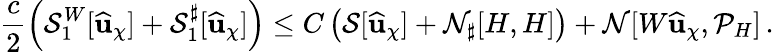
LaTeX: \frac{c}{2}\left(\mathcal{S}_{1}^{W}[\widehat{\mathbf{u}}_{\chi}]+{\mathcal{S}_{1}^{\sharp}}[\widehat{\mathbf{u}}_{\chi}]\right)\leq C\left(\mathcal{S}[\widehat{\mathbf{u}}_{\chi}]+\mathcal{N}_{\sharp}[H,H]\right)+\mathcal{N}[W\widehat{\mathbf{u}}_{\chi},\mathcal{P}_{H}]\, .